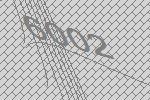
6002